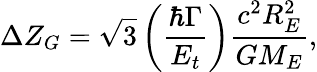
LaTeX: \Delta Z_{G}=\sqrt{3}\left(\frac{\hbar\Gamma}{E_{t}}\right)\frac{c^{2}R_{E}^{2}}{GM_{E}},